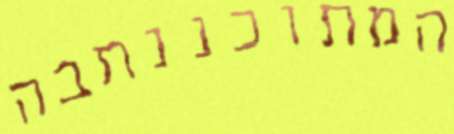
המתוכננתבה